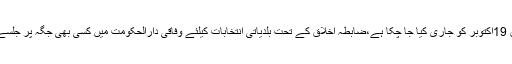
الیکشن کمیشن حکام کے حکام نے کہا کہ ضابطہ اخلاق 19اکتوبر کو جاری کیا جا چکا ہے،ضابطہ اخلاق کے تحت بلدیاتی انتخابات کیلئے وفاقی دارالحکومت میں کسی بھی جگہ پر جلسے کرنے یا جلوس نکالنے کی اجازت نہیں دی جا سکتی۔